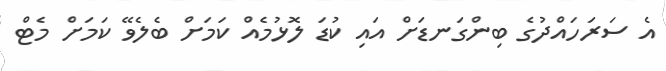
އެ ސަރަހައްދުގެ ބިންގަނޑަށް އައި ކުޑަ ލޮޅުމެއް ކަމަށް ބެލެވޭ ކަމަށް މެޓް